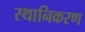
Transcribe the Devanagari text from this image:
स्थानिकरण